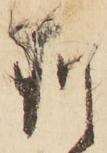
猶